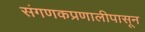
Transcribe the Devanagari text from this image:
संगणकप्रणालीपासून